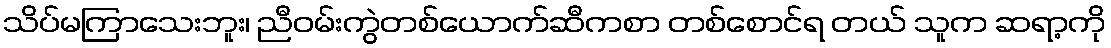
သိပ်မကြာသေးဘူး၊ ညီဝမ်းကွဲတစ်ယောက်ဆီကစာ တစ်စောင်ရ တယ် သူက ဆရာ့ကို